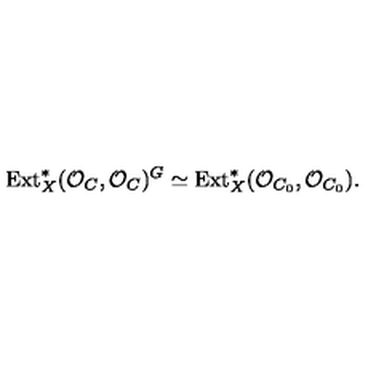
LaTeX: \mathrm { E x t } _ { X } ^ { * } ( { \cal O } _ { C } , { \cal O } _ { C } ) ^ { G } \simeq \mathrm { E x t } _ { X } ^ { * } ( { \cal O } _ { C _ { 0 } } , { \cal O } _ { C _ { 0 } } ) .